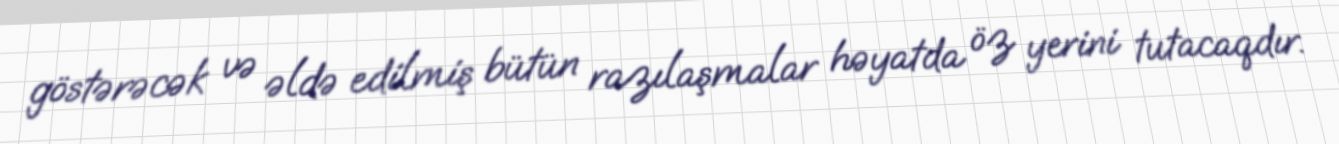
göstərəcək və əldə edilmiş bütün razılaşmalar həyatda öz yerini tutacaqdır.